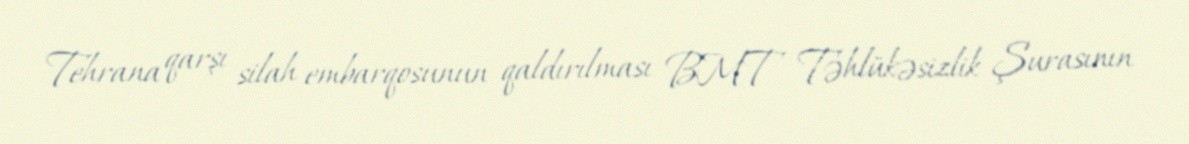
Tehrana qarşı silah embarqosunun qaldırılması BMT Təhlükəsizlik Şurasının